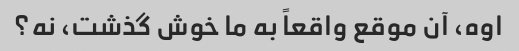
اوه، آن موقع واقعاً به ما خوش گذشت، نه؟